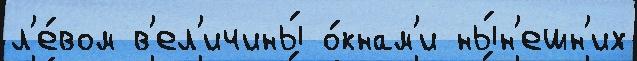
л'е́вом в'ел'ичины́ о́кнам'и ны́н'ешн'их